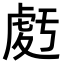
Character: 𧆶